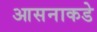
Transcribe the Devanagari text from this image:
आसनाकडे